Vaccination in Burma 1920-1933 - 1920-1933
Year: 1920
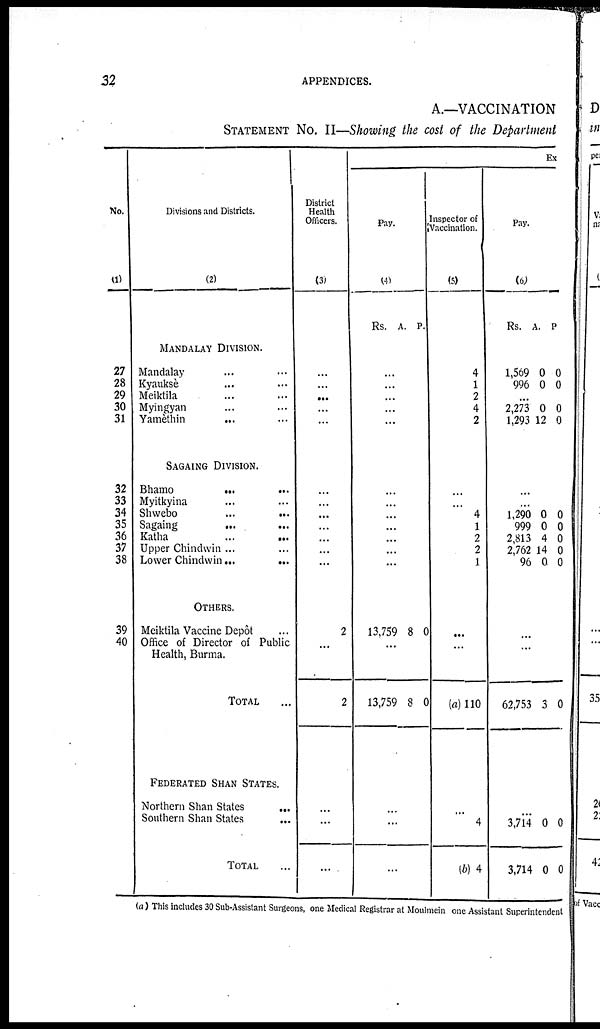
32
APPENDICES.
A.—VACCINATION
STATEMENT No. II—Showing the cost of the Department
No.
(1)
27
28
29
30
31
32
33
34
35
36
37
38
39
40
Divisions and Districts.
(2)
MANDALAY DIVISION.
Mandalay... ...
Kyauksè... ...
Meiktila... ...
Myingyan... ...
Yamèthin... ...
SAGAING DIVISION.
Bhamo... ...
Myitkyina... ...
Shwebo ... ...
Sagaing... ...
Katha... ...
Upper Chindwin ...
Lower Chindwin...
...
OTHERS.
Meiktila Vaccine Depôt ...
Office of Director of Public
Health, Burma.
TOTAL...
FEDERATED SHAN STATES.
Northern Shan States
...
Southern Shan States ...
TOTAL...
Ex
District
Health
Officers.
(3)
...
...
...
...
...
...
...
...
...
...
...
...
2
...
2
...
...
...
Pay.
(4)
Rs. A. P.
...
...
...
...
...
...
...
...
...
...
...
...
13,759 8 0
...
13,759 8 0
...
...
...
Inspector of
Vaccination.
(5)
4
1
2
4
2
...
...
4
1
2
2
1
...
...
(a) 110
...
4
(b) 4
Pay.
(6)
Rs.
A. P.
1,569
996
0
0
0
0
...
2,273
1,293
0
12
0
0
...
...
1,290
999
2,813
2,762
96
0
0
4
14
0
0
0
0
0
0
...
...
62,753 3 0
...
3,714
3,714
0
0
0
0
(a ) This includes 30 Sub-Assistant Surgeons, one Medical Registrar at Moulmein one Assistant Superintendent